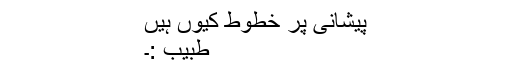
پیشانی پر خطوط کیوں ہیں
طبیب :۔